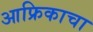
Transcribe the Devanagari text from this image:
आफ्रिकाचा